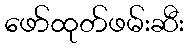
ဖော်ထုတ်ဖမ်းဆီး